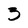
Character: 3